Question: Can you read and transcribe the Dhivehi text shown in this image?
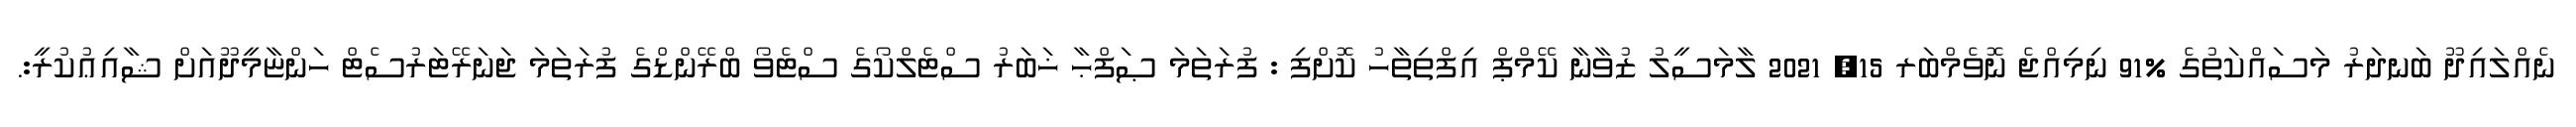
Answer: ނެއްލައިދޫ ބަނދަރު މަސައްކަތުގެ %91 ނިމިއްޖެ ނޮވެމްބަރ 15, 2021 ލާމަސީލު ޒުވާނާ ކޭމްޕް އިފްތިތާހު ކޮށްފި : ފުރަތަމަ ޞަފްޙާ ޚަބަރު ސްޓެލްކޯގެ ސްޓެވޯ ބްރޭންޑްގެ ފުރަތަމަ ޖަނަރޭޓަރުސެޓް ހަންޏާމީދޫއަށް ޝާއިޢުކުރީ:.